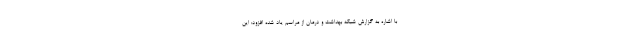
با اشاره به گزارش شبکه بهداشت و درمان از مراسم یاد شده افزود: این